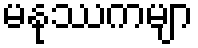
မနုဿကမျာ